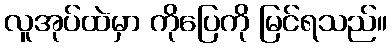
လူအုပ်ထဲမှာ ကိုပြေကို မြင်ရသည်။